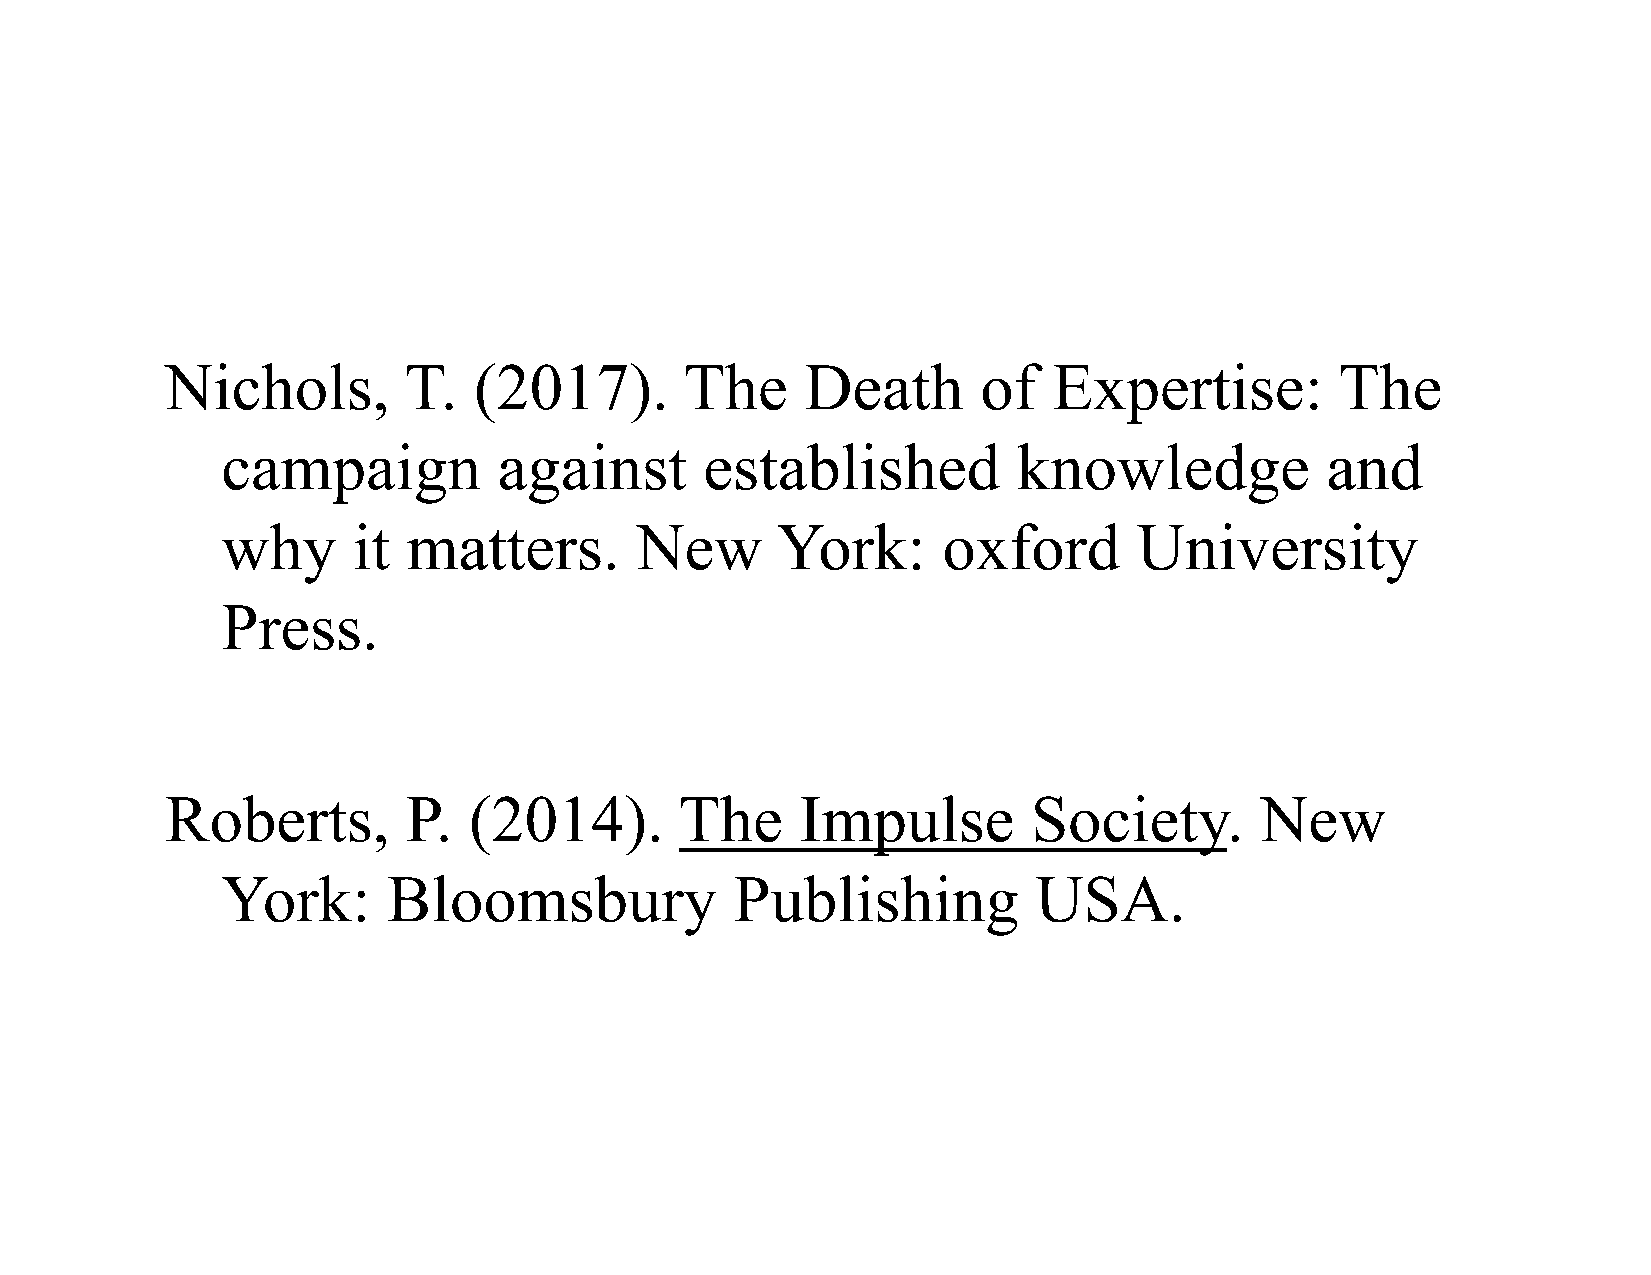
Nichols,        T.  (2017).       The     Death       of   Expertise:         The
 campaign          against       established         knowledge            and
 why     it  matters.       New      York:      oxford       University
 Press.
 Roberts,        P.  (2014).       The     Impulse        Society.       New
 York:      Bloomsbury             Publishing          USA.